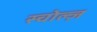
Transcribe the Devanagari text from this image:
स्चोल्ज़